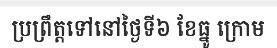
ប្រព្រឹត្តទៅនៅថ្ងៃទី៦ ខែធ្នូ ក្រោម